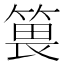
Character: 𥯜